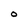
Character: O